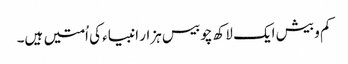
کم و بیش ایک لاکھ چوبیس ہزار انبیاء کی اُمتیں ہیں۔